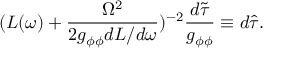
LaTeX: ( L ( \omega ) + \frac { \Omega ^ { 2 } } { 2 g _ { \phi \phi } d L / d \omega } ) ^ { - 2 } \frac { d \tilde { \tau } } { g _ { \phi \phi } } \equiv d \hat { \tau } .